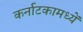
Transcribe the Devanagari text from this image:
कर्नाटकामध्यें